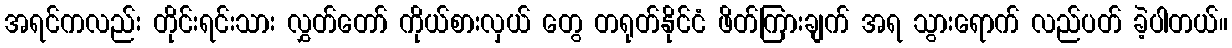
အရင်ကလည်း တိုင်းရင်းသား လွှတ်တော် ကိုယ်စားလှယ် တွေ တရုတ်နိုင်ငံ ဖိတ်ကြားချက် အရ သွားရောက် လည်ပတ် ခဲ့ပါတယ်။